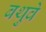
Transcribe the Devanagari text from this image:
बथुवे